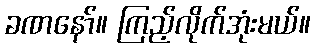
ခဏနော်။ ကြည့်လိုက်အုံးမယ်။